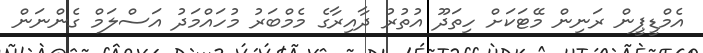
އެމްޑީޕީން ރަނިން މޭޓަކަށް ހިތަދޫ އުތުރު ދާއިރާގެ މެމްބަރު މުހައްމަދު އަސްލަމް ގެންނަން